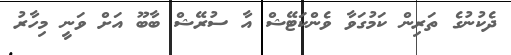
ދެކުނުގެ ތަރިން ކަމުގަވާ ވެންކަޓޭޝް އާ ސުރޭޝް ބާބޫ އަށް ވަނީ މިހާރު